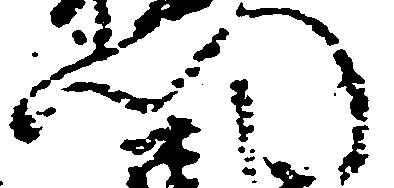
門